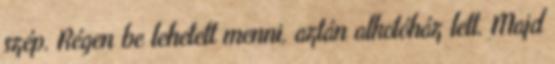
szép. Régen be lehetett menni, aztán alkotóház lett. Majd